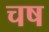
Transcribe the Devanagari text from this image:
चष